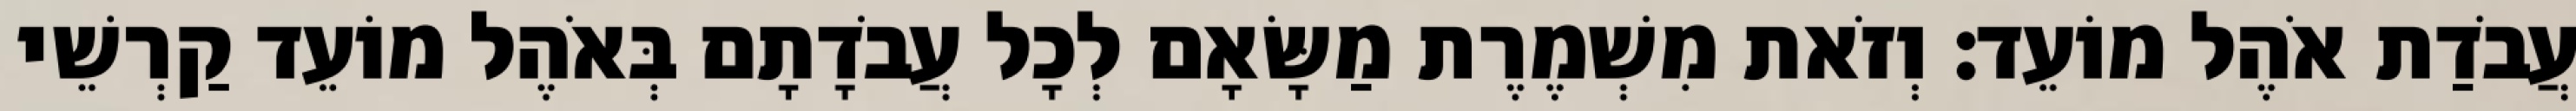
עֲבֹדַת אֹהֶל מוֹעֵד׃ וְזֹאת מִשְׁמֶרֶת מַשָּׂאָם לְכָל עֲבֹדָתָם בְּאֹהֶל מוֹעֵד קַרְשֵׁי